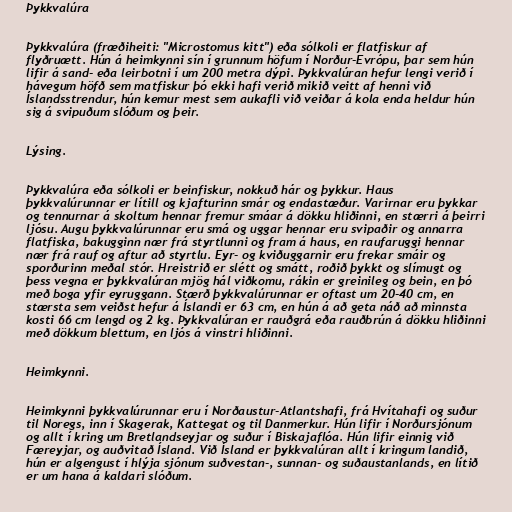
Þykkvalúra

Þykkvalúra (fræðiheiti: "Microstomus kitt") eða sólkoli er flatfiskur af
flyðruætt. Hún á heimkynni sín í grunnum höfum í Norður-Evrópu, þar sem hún
lifir á sand- eða leirbotni í um 200 metra dýpi. Þykkvalúran hefur lengi verið í
hávegum höfð sem matfiskur þó ekki hafi verið mikið veitt af henni við
Íslandsstrendur, hún kemur mest sem aukafli við veiðar á kola enda heldur hún
sig á svipuðum slóðum og þeir.

Lýsing.

Þykkvalúra eða sólkoli er beinfiskur, nokkuð hár og þykkur. Haus
þykkvalúrunnar er lítill og kjafturinn smár og endastæður. Varirnar eru þykkar
og tennurnar á skoltum hennar fremur smáar á dökku hliðinni, en stærri á þeirri
ljósu. Augu þykkvalúrunnar eru smá og uggar hennar eru svipaðir og annarra
flatfiska, bakugginn nær frá styrtlunni og fram á haus, en raufaruggi hennar
nær frá rauf og aftur að styrtlu. Eyr- og kviðuggarnir eru frekar smáir og
sporðurinn meðal stór. Hreistrið er slétt og smátt, roðið þykkt og slímugt og
þess vegna er þykkvalúran mjög hál viðkomu, rákin er greinileg og bein, en þó
með boga yfir eyruggann. Stærð þykkvalúrunnar er oftast um 20-40 cm, en
stærsta sem veiðst hefur á Íslandi er 63 cm, en hún á að geta náð að minnsta
kosti 66 cm lengd og 2 kg. Þykkvalúran er rauðgrá eða rauðbrún á dökku hliðinni
með dökkum blettum, en ljós á vinstri hliðinni.

Heimkynni.

Heimkynni þykkvalúrunnar eru í Norðaustur-Atlantshafi, frá Hvítahafi og suður
til Noregs, inn í Skagerak, Kattegat og til Danmerkur. Hún lifir í Norðursjónum
og allt í kring um Bretlandseyjar og suður í Biskajaflóa. Hún lifir einnig við
Færeyjar, og auðvitað Ísland. Við Ísland er þykkvalúran allt í kringum landið,
hún er algengust í hlýja sjónum suðvestan-, sunnan- og suðaustanlands, en lítið
er um hana á kaldari slóðum.